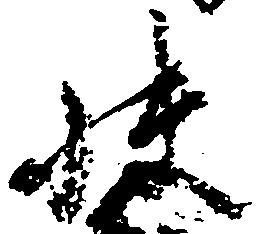
快